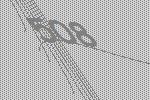
508